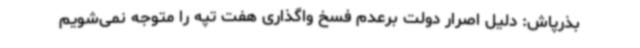
بذرپاش: دلیل اصرار دولت برعدم فسخ واگذاری هفت تپه را متوجه نمی‌شویم